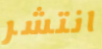
انتشر